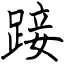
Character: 踥